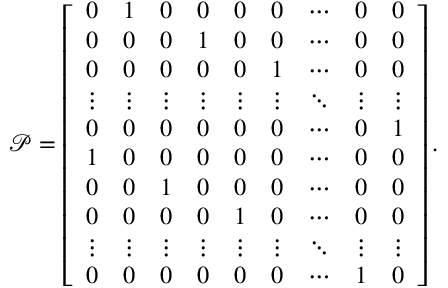
\mathcal { P } = \left[ \begin{array} { c c c c c c c c c } { 0 } & { 1 } & { 0 } & { 0 } & { 0 } & { 0 } & { \cdots } & { 0 } & { 0 } \\ { 0 } & { 0 } & { 0 } & { 1 } & { 0 } & { 0 } & { \cdots } & { 0 } & { 0 } \\ { 0 } & { 0 } & { 0 } & { 0 } & { 0 } & { 1 } & { \cdots } & { 0 } & { 0 } \\ { \vdots } & { \vdots } & { \vdots } & { \vdots } & { \vdots } & { \vdots } & { \ddots } & { \vdots } & { \vdots } \\ { 0 } & { 0 } & { 0 } & { 0 } & { 0 } & { 0 } & { \cdots } & { 0 } & { 1 } \\ { 1 } & { 0 } & { 0 } & { 0 } & { 0 } & { 0 } & { \cdots } & { 0 } & { 0 } \\ { 0 } & { 0 } & { 1 } & { 0 } & { 0 } & { 0 } & { \cdots } & { 0 } & { 0 } \\ { 0 } & { 0 } & { 0 } & { 0 } & { 1 } & { 0 } & { \cdots } & { 0 } & { 0 } \\ { \vdots } & { \vdots } & { \vdots } & { \vdots } & { \vdots } & { \vdots } & { \ddots } & { \vdots } & { \vdots } \\ { 0 } & { 0 } & { 0 } & { 0 } & { 0 } & { 0 } & { \cdots } & { 1 } & { 0 } \end{array} \right] .